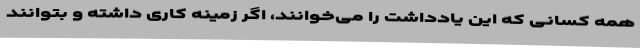
همه کسانی که این یادداشت را می‌خوانند، اگر زمینه کاری داشته و بتوانند